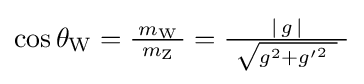
{\textstyle \cos \theta _{\text{W}}={\frac {m_{\text{W}}}{\ m_{\text{Z}}\ }}={\frac {\left|\,g\,\right|}{\ {\sqrt {g^{2}+{g'}^{2}\ }}\ }}}